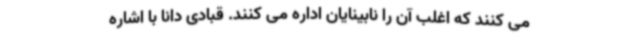
می کنند که اغلب آن را نابینایان اداره می کنند. قبادی دانا با اشاره